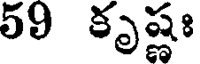
59 కృష్ణః